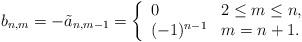
LaTeX: \begin{align*} b_{n,m}=-\tilde{a}_{n,m-1}=\left\{ \begin{array}{ll} 0 & 2\leq m\leq n,\\ (-1)^{n-1} & m=n+1. \end{array}\right.\end{align*}